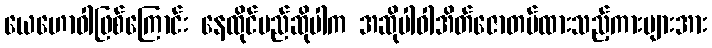
ယေဟောဝါဖြစ်ကြောင်း နေထိုင်မည်ဆိုပါက အဆိုပါဝါအိတ်ဇောတပ်ထားသည့်ကားများအား